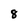
Character: 8